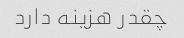
چقدر هزینه دارد